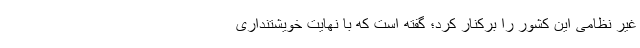
غیر نظامی این کشور را برکنار کرد؛ گفته است که با نهایت خویشتنداری